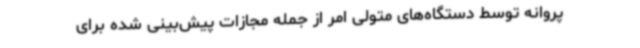
پروانه توسط دستگاه‌های متولی امر از جمله مجازات پیش‌بینی شده برای